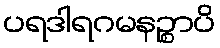
ပရဒါရဂမနဉ္စာပိ